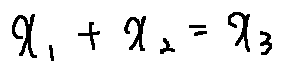
x _ { 1 } + x _ { 2 } = x _ { 3 }